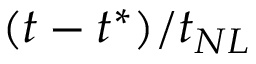
( t - t ^ { * } ) / t _ { N L }